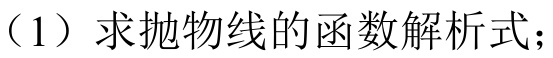
（1）求抛物线的函数解析式；